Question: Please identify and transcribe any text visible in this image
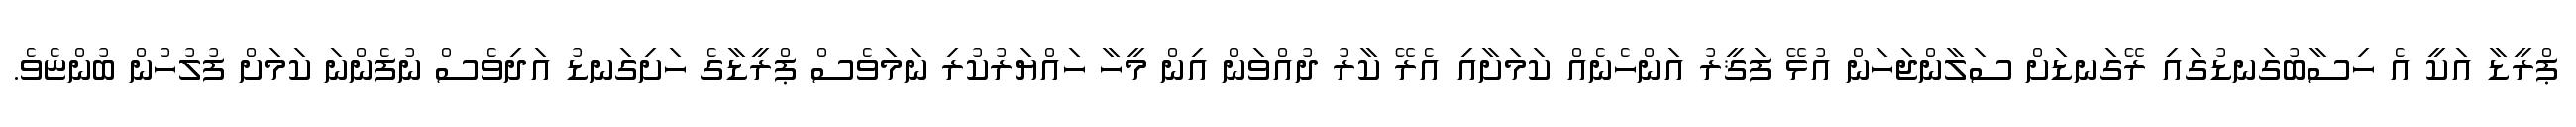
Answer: ޕްރީޑާ އަކީ އެ ހިސާބުގަނޑުގައި ރޭގަނޑަށް ސަލާންޖަހަން އުޅޭ ފަޤީރު އަންހެނެއް ކަމަށާއި އެރޭ ކާރު ދުއްވަން އިން މީހާ ހައްޔަރުކުރި ނަމަވެސް ޕްރީޑާގެ ހަށިގަނޑު އަދިވެސް ނުފެންނަ ކަމަށް ފުލުހުން ބުންޏެވެ.